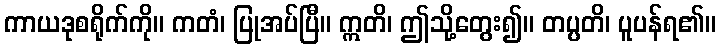
ကာယဒုစရိုက်ကို။ ကတံ၊ ပြုအပ်ပြီ။ ဣတိ၊ ဤသို့တွေး၍။ တပ္ပတိ၊ ပူပန်ရ၏။